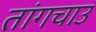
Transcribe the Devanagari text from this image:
तांगचाउ